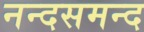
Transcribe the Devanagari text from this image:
नन्‍दसमन्‍द